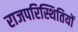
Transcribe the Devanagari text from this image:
राजपरिस्थितियों